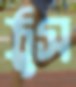
ঠুস